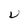
Character: U